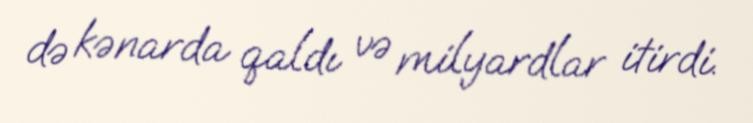
də kənarda qaldı və milyardlar itirdi.